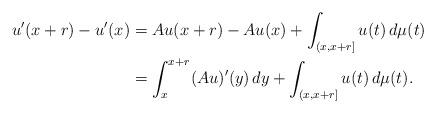
LaTeX: \begin{align*}u'(x+r) - u'(x) & = Au(x+r) - Au(x) + \int_{(x,x+r]} u(t)\, d\mu(t) \\& = \int_{x}^{x+r} (Au)'(y)\, dy + \int_{(x,x+r]} u(t)\, d\mu(t).\end{align*}